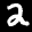
Label: 2